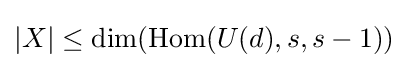
|X|\leq \dim(\operatorname {Hom} (U(d),s,s-1))